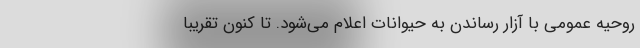
روحیه عمومی با آزار رساندن به حیوانات اعلام می‌شود. تا کنون تقریبا